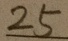
2 5